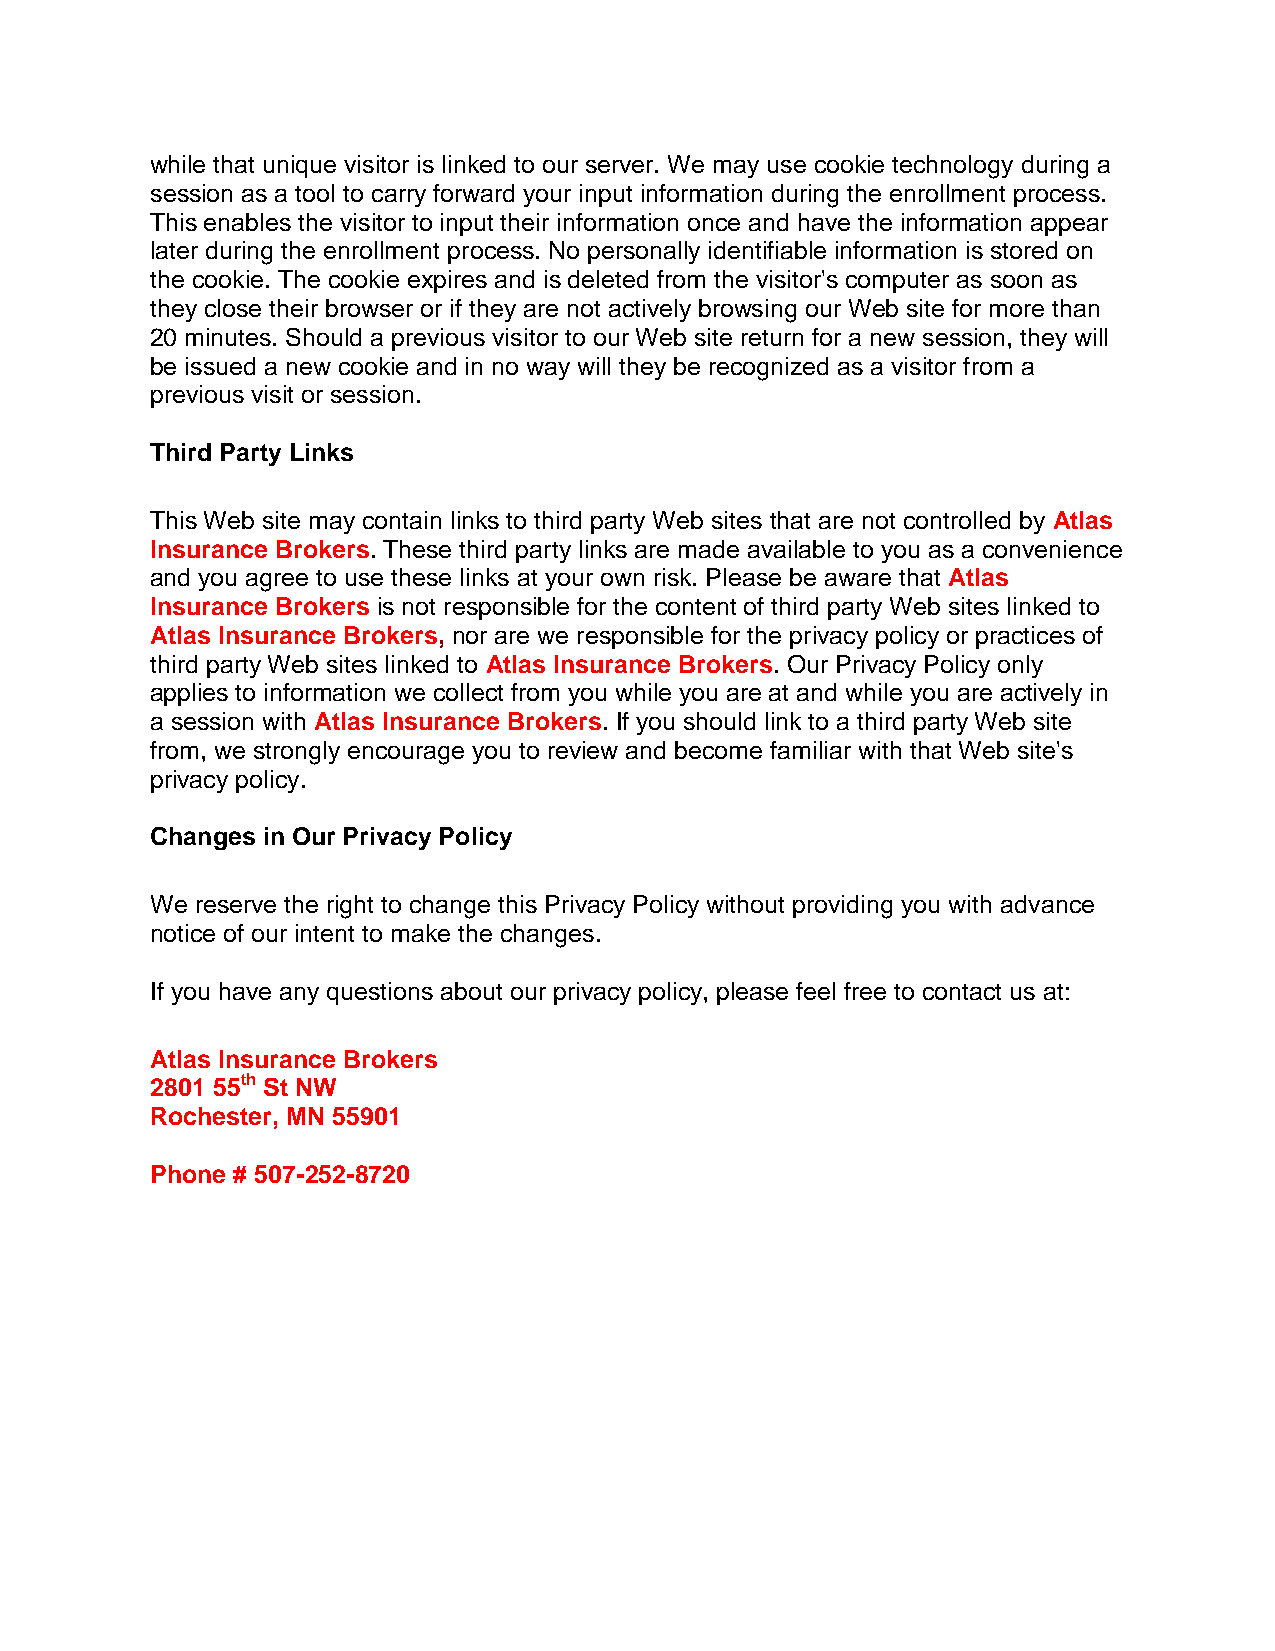
while that unique visitor is linked to our server. We may use cookie technology during a
 session as a tool to carry forward your input information during the enrollment process.
 This enables the visitor to input their information once and have the information appear
 later during the enrollment process. No personally identifiable information is stored on
 the cookie. The cookie expires and is deleted from the visitor's computer as soon as
 they close their browser or if they are not actively browsing our Web site for more than
 20 minutes. Should a previous visitor to our Web site return for a new session, they will
 be issued a new cookie and in no way will they be recognized as a visitor from a
 previous visit or session.
 Third Party Links
 This Web site may contain links to third party Web sites that are not controlled by Atlas
 Insurance Brokers. These third party links are made available to you as a convenience
 and you agree to use these links at your own risk. Please be aware that Atlas
 Insurance Brokers is not responsible for the content of third party Web sites linked to
 Atlas Insurance Brokers, nor are we responsible for the privacy policy or practices of
 third party Web sites linked to Atlas Insurance Brokers. Our Privacy Policy only
 applies to information we collect from you while you are at and while you are actively in
 a session with Atlas Insurance Brokers. If you should link to a third party Web site
 from, we strongly encourage you to review and become familiar with that Web site's
 privacy policy.
 Changes in Our Privacy Policy
 We reserve the right to change this Privacy Policy without providing you with advance
 notice of our intent to make the changes.
 If you have any questions about our privacy policy, please feel free to contact us at:
 Atlas Insurance Brokers
 2801 55th St NW
 Rochester, MN 55901
 Phone # 507-252-8720